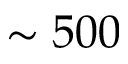
\sim 5 0 0